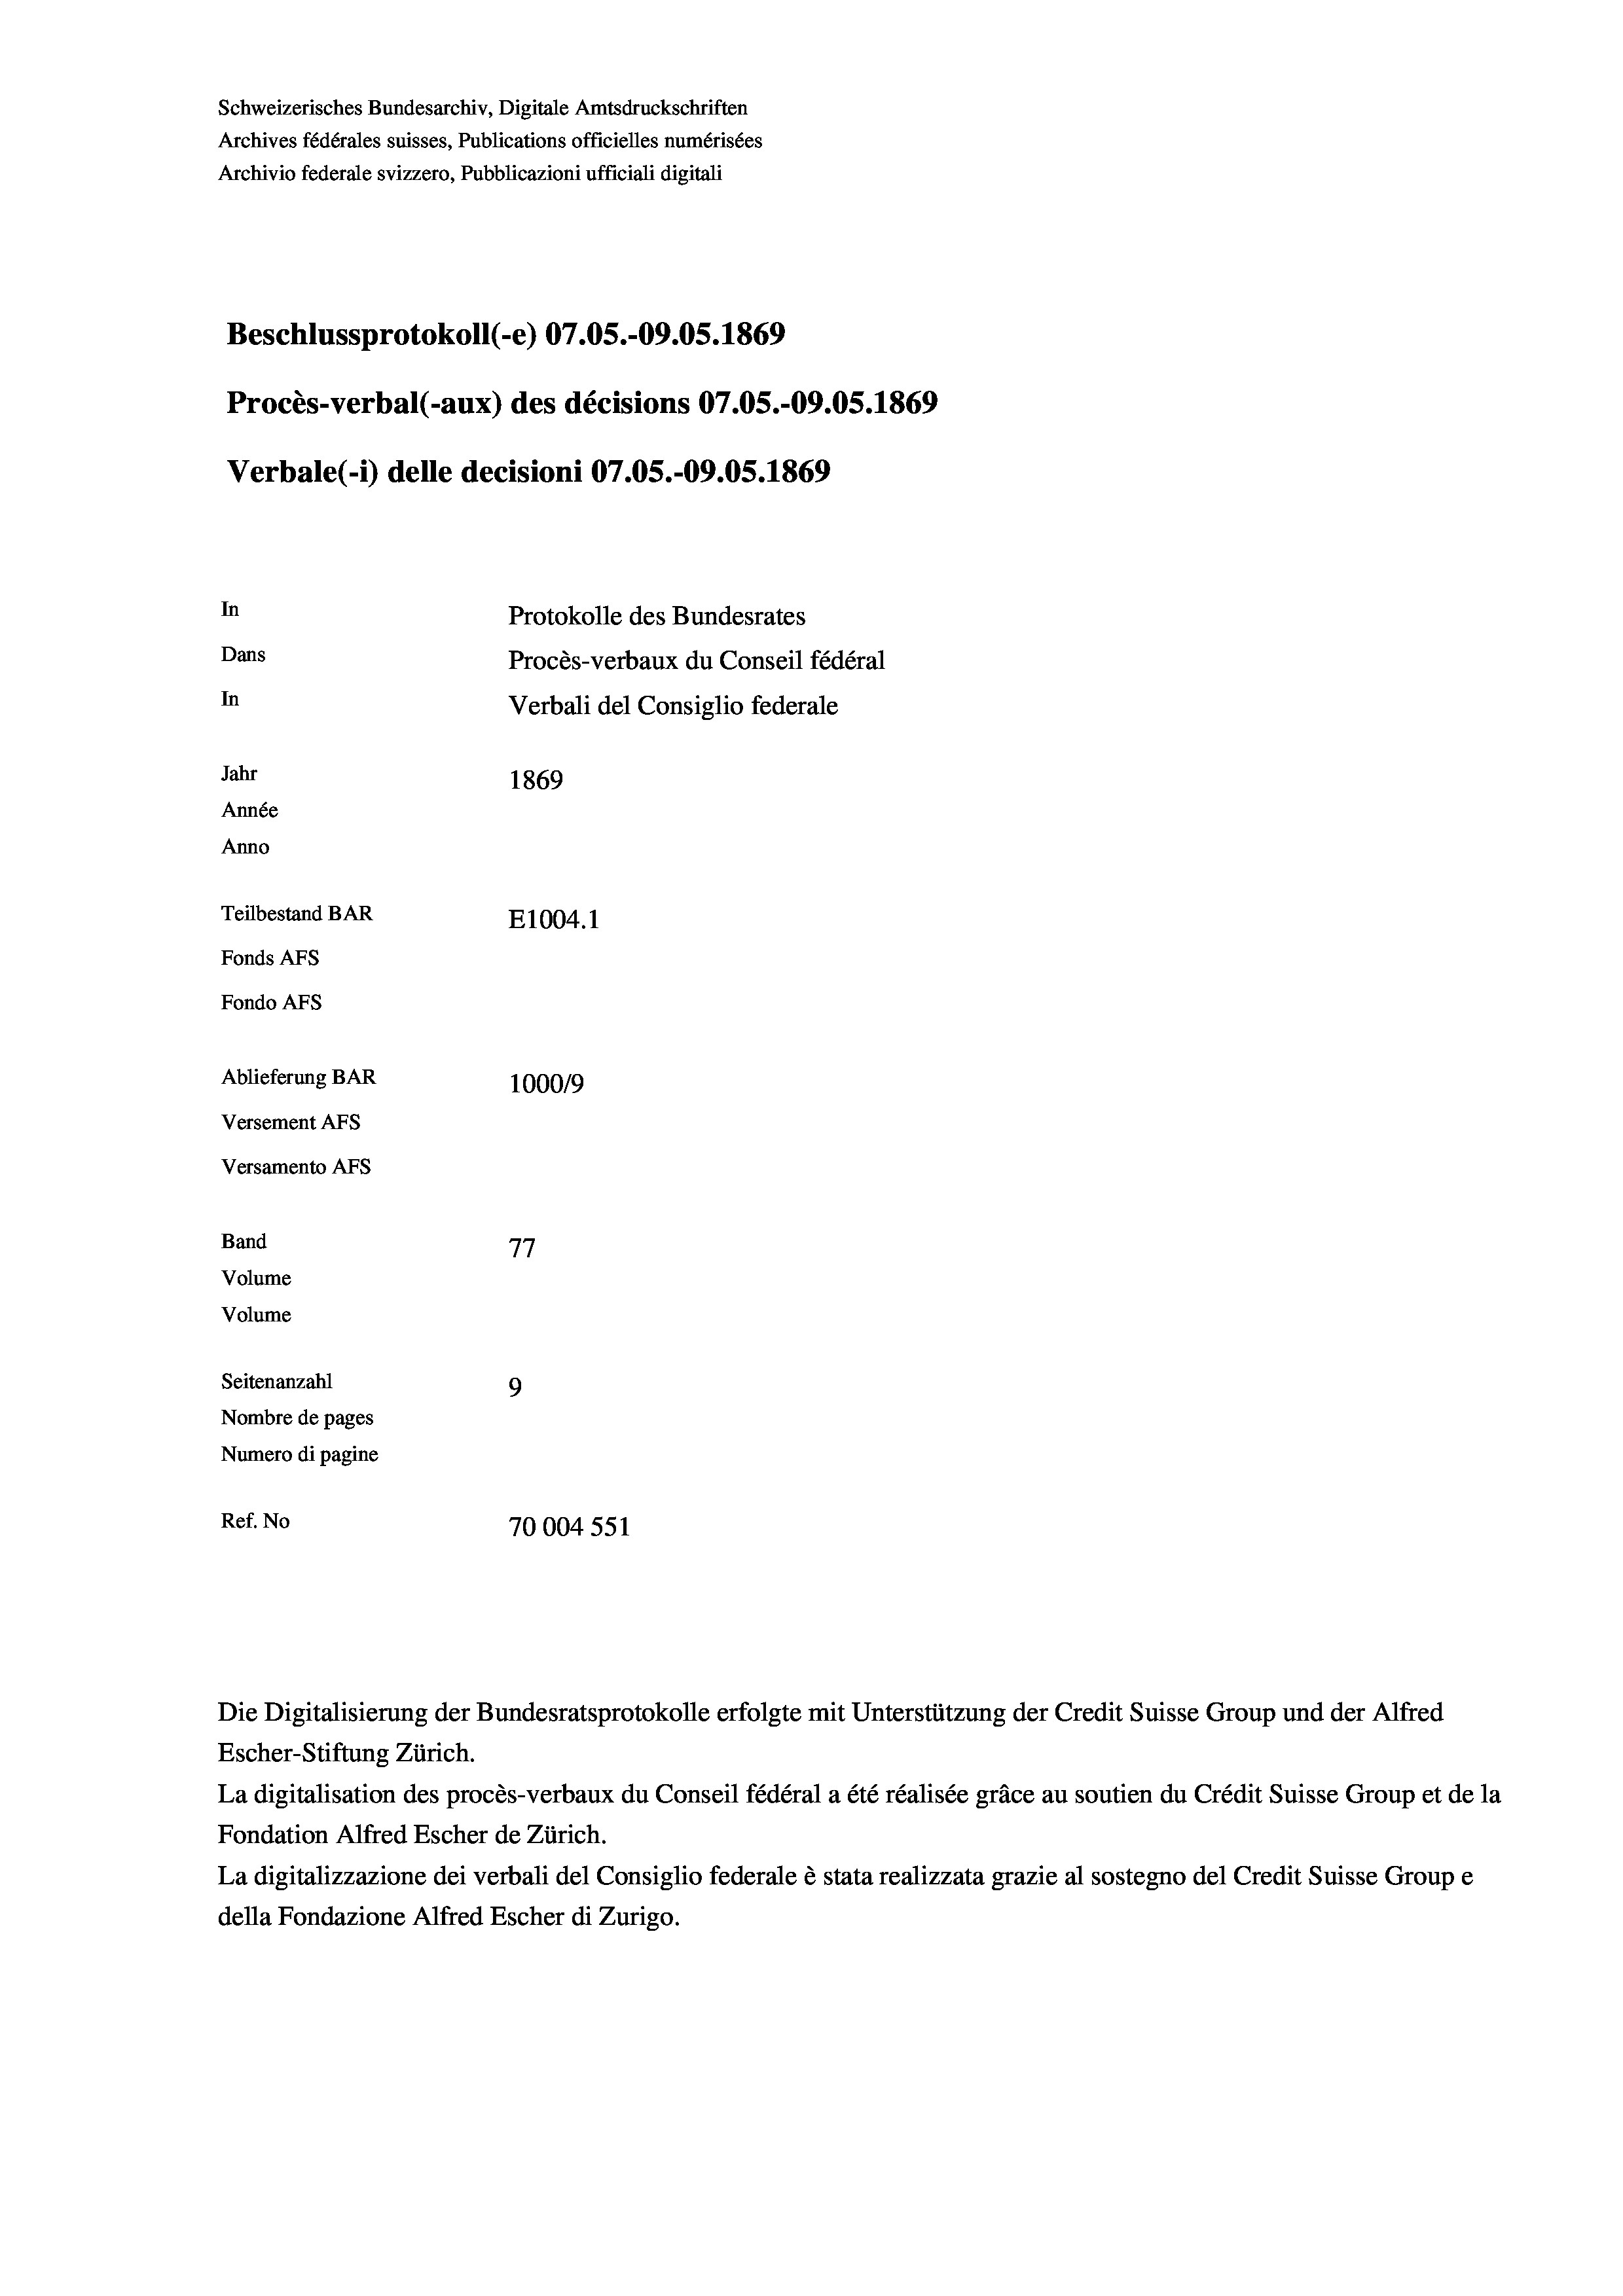
Schweizerisches Bundesarchiv, Digitale Amtsdruckschriften
Archives fédérales suisses, Publications officielles numérisées
Archivio federale svizzero, Pubblicazioni ufficiali digitali
Beschlussprotokoll (-e) 07.05.-09.05. 1869
Procès-verbal (-aux) des décisions 07.05.-09.05. 1869
Verbale (i) delle decisioni 07.05.-09.05. 1869
In
Protokolle des Bundesrates
Dans
Procès-verbaux du Conseil fédéral
In
Verbali del Consiglio federale
Jahr
1869
Année
Anno
Teilbestand BAR
E1004. 1
Fonds AFs
Fondo AFS
Ablieferung BAR
100019
Versement AFs
Versamento Afs
Band
77
Volume
Volume

Seitenanzahl
9
Nombre de pages
Numero di pagine
Ref. No
70004 551

Escher-Stiftung Zürich.
La digitalisation des procès-verbaux du Conseil fédéral a été réalisée gräce au soutien du Crédit Suisse Group et de la
Fondation Alfred Escher de Zürich.
La digitalizzazione dei verbali del Consiglio federale è stata realizzata grazie al sostegno del Credit Suisse Groupe
della Fondazione Alfred Escher di Zurigo.

Die Digitalisierung der Bundesratsprotokolle erfolgte mit Unterstützung der Credit Suisse Group und der Alfred